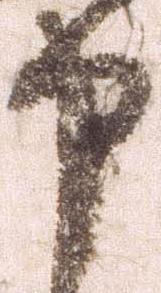
申